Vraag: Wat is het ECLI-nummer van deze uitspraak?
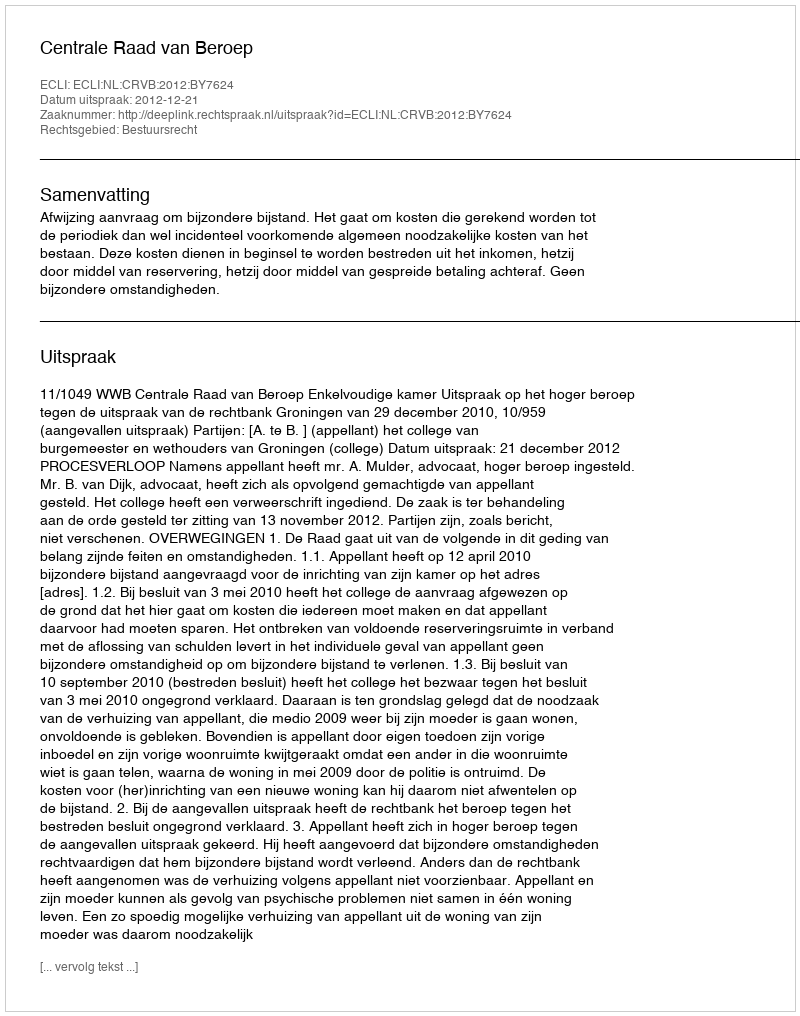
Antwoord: ECLI:NL:CRVB:2012:BY7624